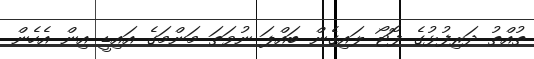
ތުއްތު ދަރިފުޅުގެ ފޮޓޯ ލައިގެން ބައްޕަ ނުވަތަ މަންމަގެ އައިޑީ އިން އެހެން